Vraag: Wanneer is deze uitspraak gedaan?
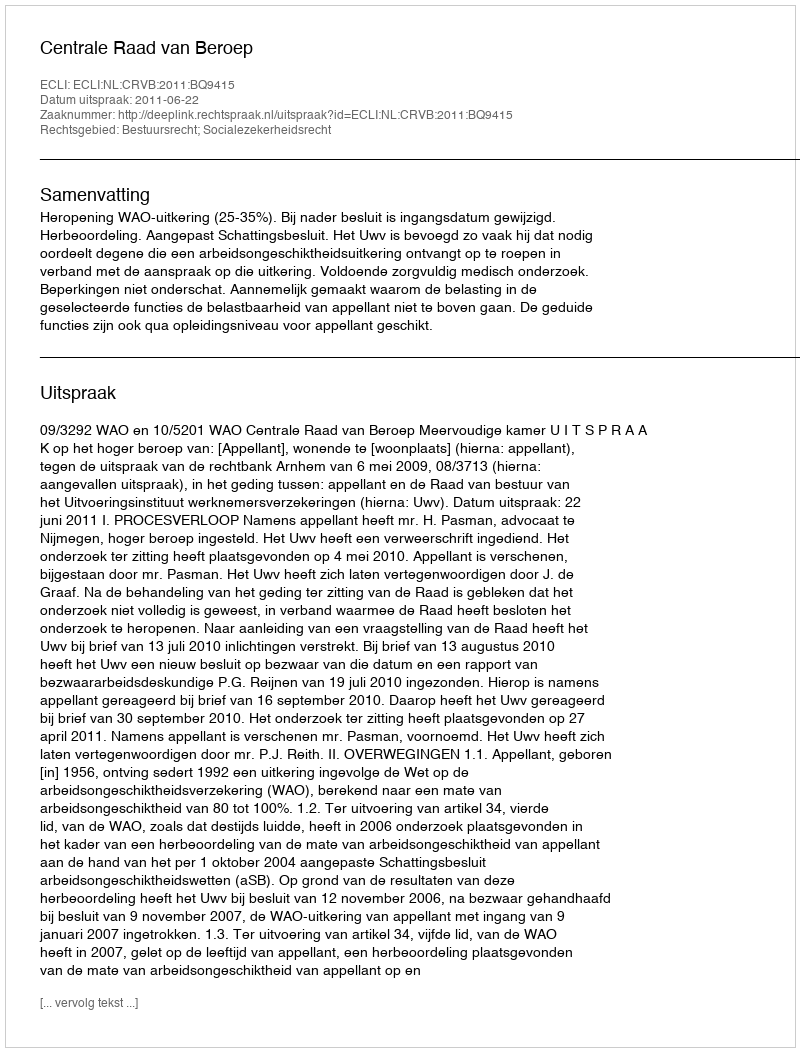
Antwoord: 2011-06-22